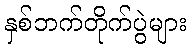
နှစ်ဘက်တိုက်ပွဲများ